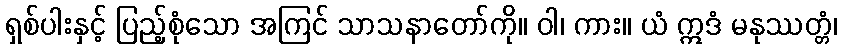
ရှစ်ပါးနှင့် ပြည့်စုံသော အကြင် သာသနာတော်ကို။ ဝါ၊ ကား။ ယံ ဣဒံ မနုဿတ္တံ၊